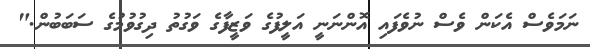
ނަމަވެސް އެކަން ވެސް ނުވެފައި އޮންނަނީ އަލީފުގެ ވަޒީފާގެ ވަގުތު ދިގުވުމުގެ ސަބަބުން."